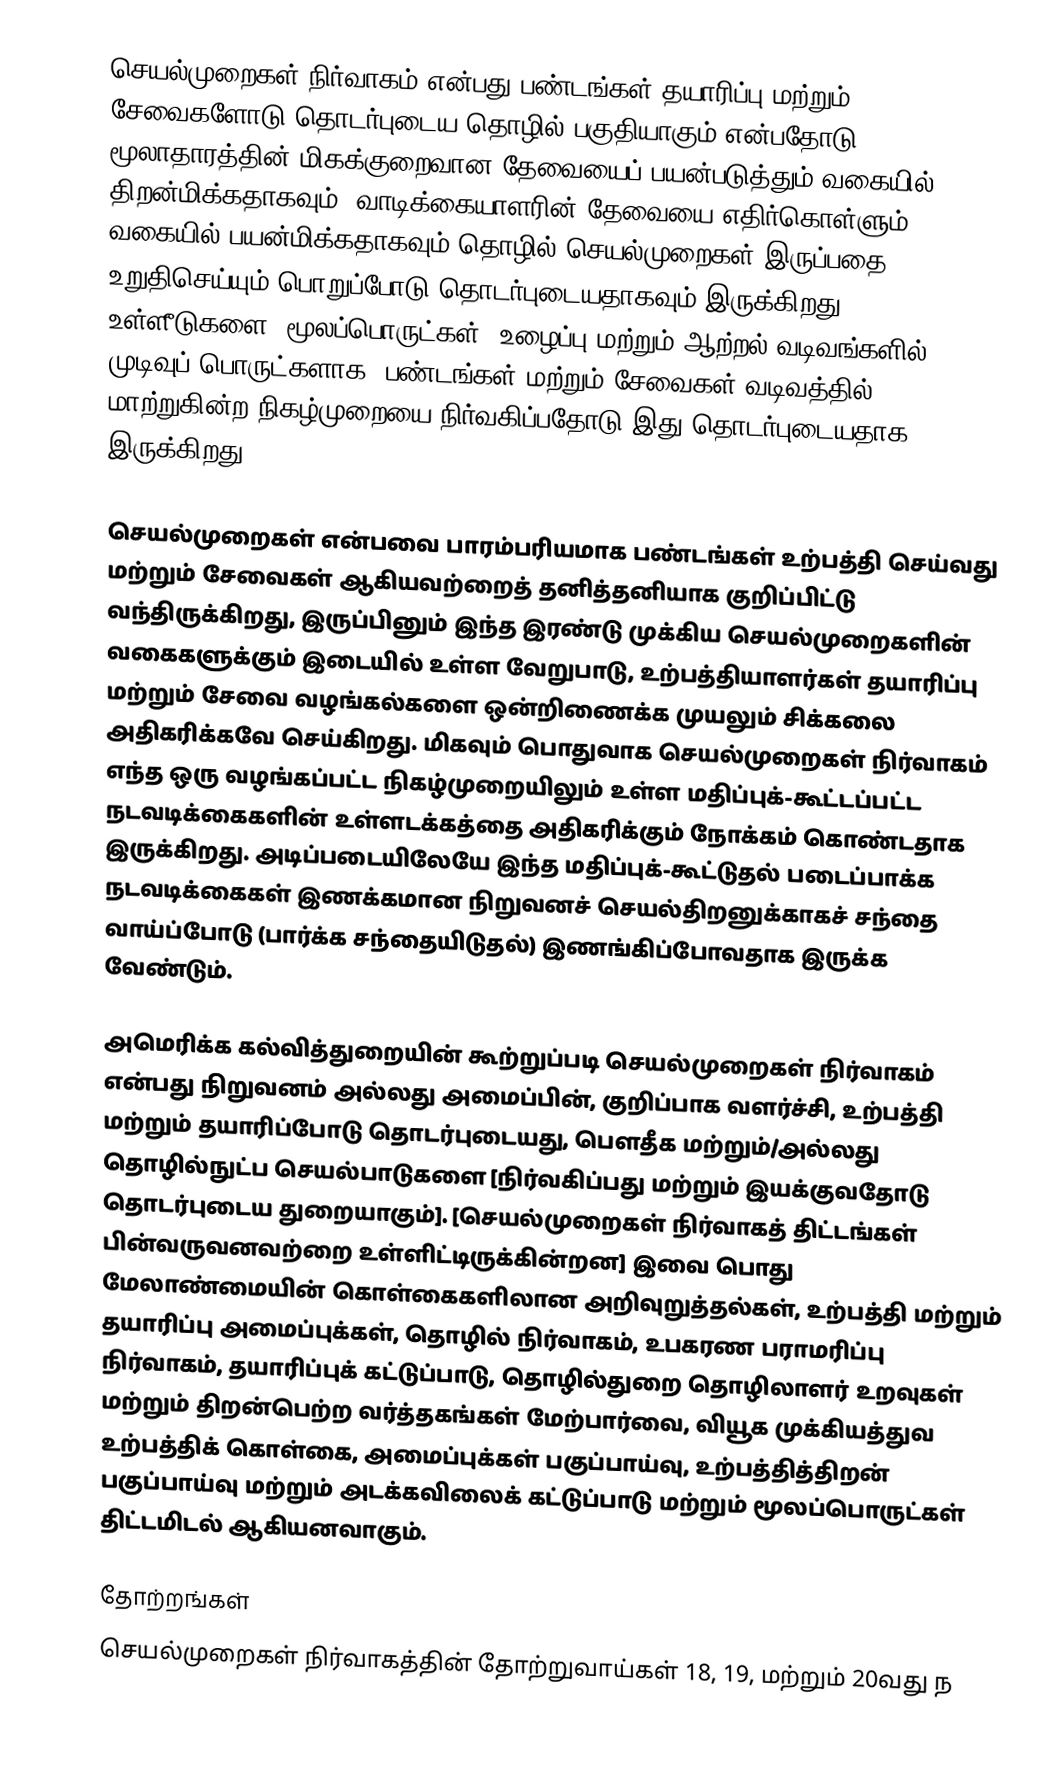
செயல்முறைகள் நிர்வாகம் என்பது பண்டங்கள் தயாரிப்பு மற்றும் சேவைகளோடு தொடர்புடைய தொழில் பகுதியாகும் என்பதோடு மூலாதாரத்தின் மிகக்குறைவான தேவையைப் பயன்படுத்தும் வகையில் திறன்மிக்கதாகவும், வாடிக்கையாளரின் தேவையை எதிர்கொள்ளும் வகையில் பயன்மிக்கதாகவும் தொழில் செயல்முறைகள் இருப்பதை உறுதிசெய்யும் பொறுப்போடு தொடர்புடையதாகவும் இருக்கிறது. உள்ளீடுகளை (மூலப்பொருட்கள், உழைப்பு மற்றும் ஆற்றல் வடிவங்களில்) முடிவுப் பொருட்களாக (பண்டங்கள் மற்றும் சேவைகள் வடிவத்தில்) மாற்றுகின்ற நிகழ்முறையை நிர்வகிப்பதோடு இது தொடர்புடையதாக இருக்கிறது.

செயல்முறைகள் என்பவை பாரம்பரியமாக பண்டங்கள் உற்பத்தி செய்வது மற்றும் சேவைகள் ஆகியவற்றைத் தனித்தனியாக குறிப்பிட்டு வந்திருக்கிறது, இருப்பினும் இந்த இரண்டு முக்கிய செயல்முறைகளின் வகைகளுக்கும் இடையில் உள்ள வேறுபாடு, உற்பத்தியாளர்கள் தயாரிப்பு மற்றும் சேவை வழங்கல்களை ஒன்றிணைக்க முயலும் சிக்கலை அதிகரிக்கவே செய்கிறது. மிகவும் பொதுவாக செயல்முறைகள் நிர்வாகம் எந்த ஒரு வழங்கப்பட்ட நிகழ்முறையிலும் உள்ள மதிப்புக்-கூட்டப்பட்ட நடவடிக்கைகளின் உள்ளடக்கத்தை அதிகரிக்கும் நோக்கம் கொண்டதாக இருக்கிறது. அடிப்படையிலேயே இந்த மதிப்புக்-கூட்டுதல் படைப்பாக்க நடவடிக்கைகள் இணக்கமான நிறுவனச் செயல்திறனுக்காகச் சந்தை வாய்ப்போடு (பார்க்க சந்தையிடுதல்) இணங்கிப்போவதாக இருக்க வேண்டும்.

அமெரிக்க கல்வித்துறையின் கூற்றுப்படி செயல்முறைகள் நிர்வாகம் என்பது நிறுவனம் அல்லது அமைப்பின், குறிப்பாக வளர்ச்சி, உற்பத்தி மற்றும் தயாரிப்போடு தொடர்புடையது, பௌதீக மற்றும்/அல்லது தொழில்நுட்ப செயல்பாடுகளை [நிர்வகிப்பது மற்றும் இயக்குவதோடு தொடர்புடைய துறையாகும்]. [செயல்முறைகள் நிர்வாகத் திட்டங்கள் பின்வருவனவற்றை உள்ளிட்டிருக்கின்றன] இவை பொது மேலாண்மையின் கொள்கைகளிலான அறிவுறுத்தல்கள், உற்பத்தி மற்றும் தயாரிப்பு அமைப்புக்கள், தொழில் நிர்வாகம், உபகரண பராமரிப்பு நிர்வாகம், தயாரிப்புக் கட்டுப்பாடு, தொழில்துறை தொழிலாளர் உறவுகள் மற்றும் திறன்பெற்ற வர்த்தகங்கள் மேற்பார்வை, வியூக முக்கியத்துவ உற்பத்திக் கொள்கை, அமைப்புக்கள் பகுப்பாய்வு, உற்பத்தித்திறன் பகுப்பாய்வு மற்றும் அடக்கவிலைக் கட்டுப்பாடு மற்றும் மூலப்பொருட்கள் திட்டமிடல் ஆகியனவாகும்.

தோற்றங்கள்
செயல்முறைகள் நிர்வாகத்தின் தோற்றுவாய்கள் 18, 19, மற்றும் 20வது ந